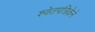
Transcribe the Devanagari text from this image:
श्वेतपत्रिकेने